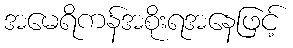
အမေရိကန်အစိုးရအနေဖြင့်